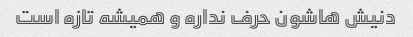
دنیش هاشون حرف نداره و همیشه تازه است